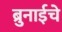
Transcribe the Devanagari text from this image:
ब्रुनाईचे